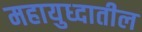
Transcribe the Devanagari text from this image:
महायुध्दातील